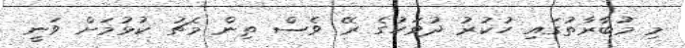
މި މުބާރާތުގައި ހުކުރު ދުވަހުގެ ރޭ ވެސް ތިން މެޗު ކުޅުމަށް ވަނީ